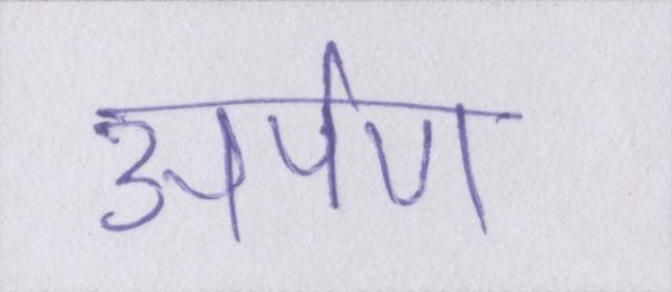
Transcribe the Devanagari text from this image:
अर्पण